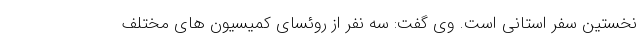
نخستین سفر استانی است. وی گفت: سه نفر از روئسای کمیسیون های مختلف